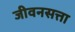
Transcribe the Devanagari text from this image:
जीवनसत्ता